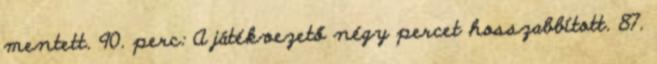
mentett. 90. perc: A játékvezető négy percet hosszabbított. 87.